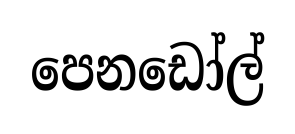
පෙනඩෝල්